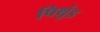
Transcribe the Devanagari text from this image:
पिथुंड